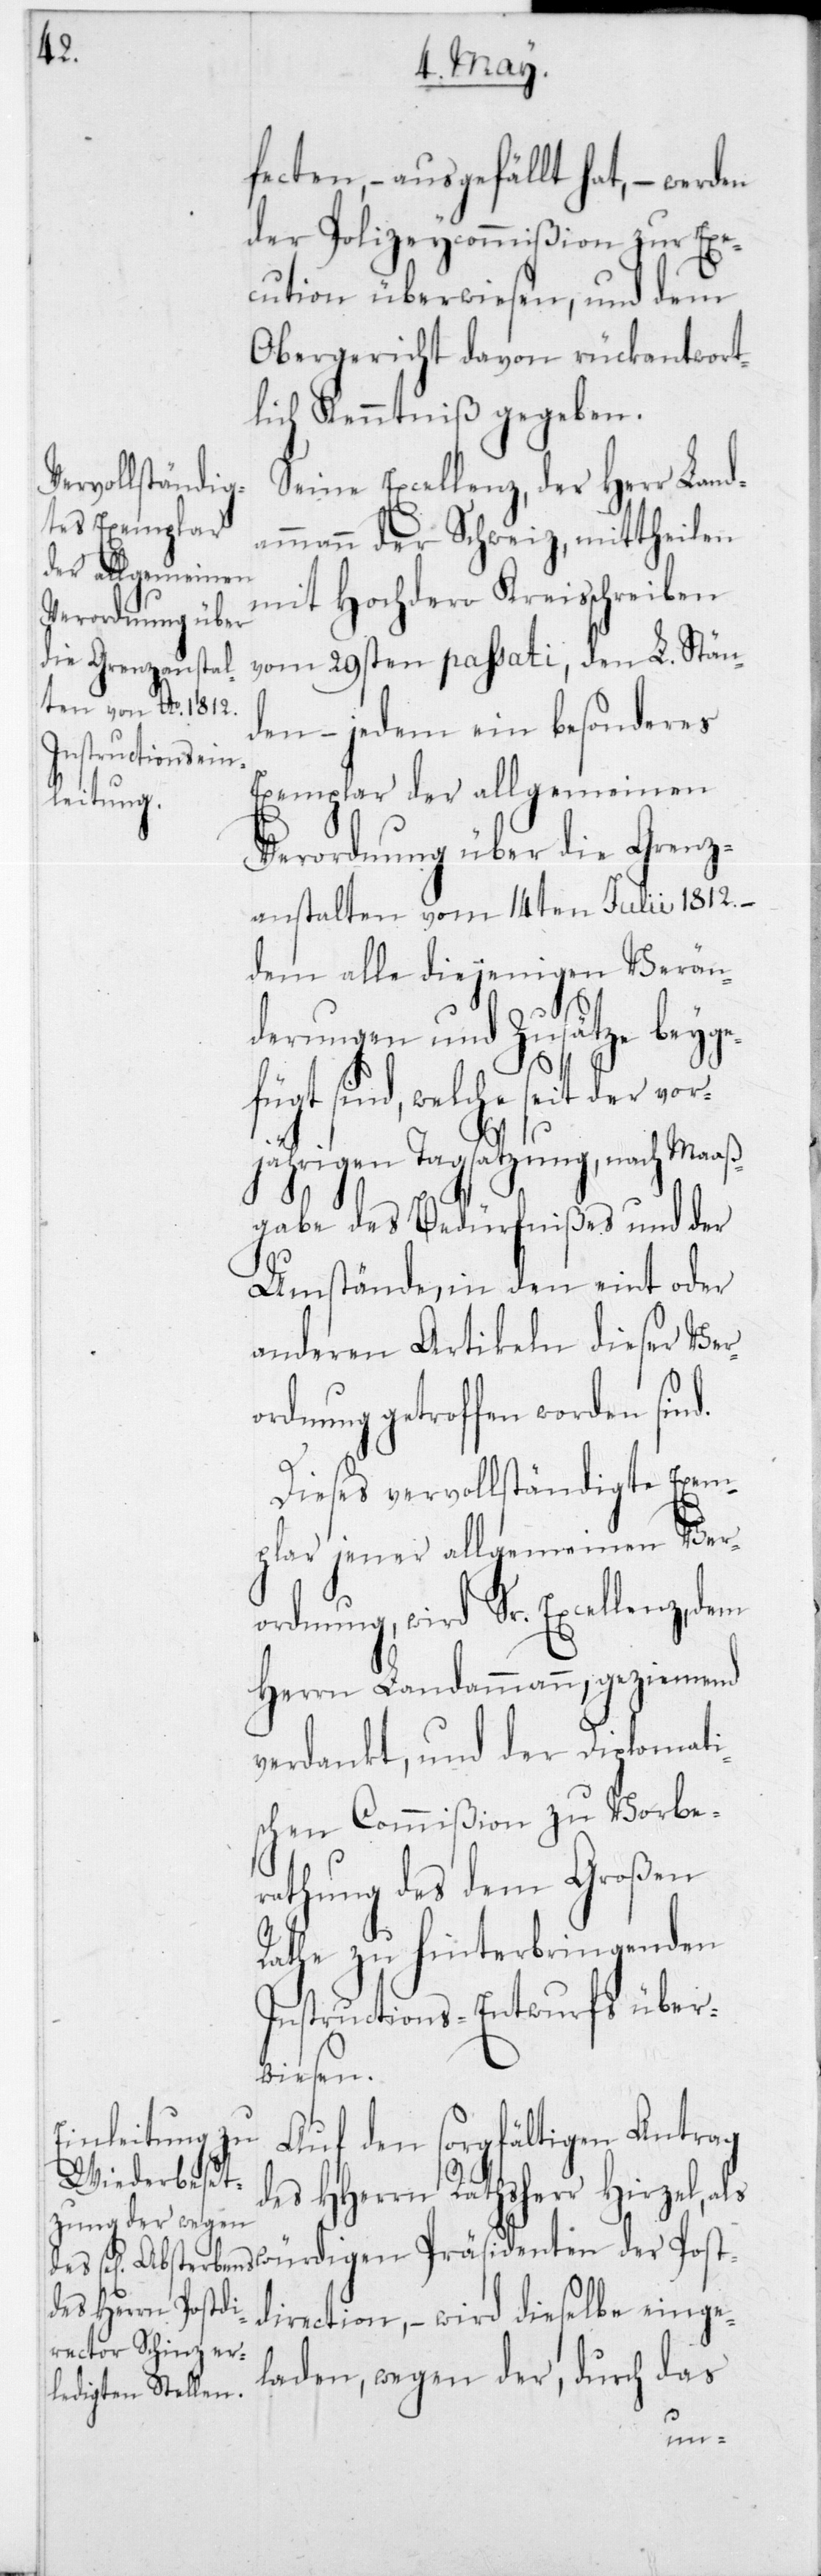
fecten – ausgefällt hat, werden
der Polizeycommißion zur Exe¬
cution überwiesen, und dem
Obergericht davon rückantwort¬
lich Kenntniß gegeben.
ammann der Schweiz, mittheilen
mit Hochdero Kreisschreiben
vom 29sten passati, den L. Stän¬
den – jedem ein besonderes
Exemplar der allgemeinen
Verordnung über die Grenz¬
anstalten vom 14ten Julii 1812, –
dem alle diejenigen Verän¬
derungen und Zusätze beyge¬
fügt sind, welche seit der vor¬
jährigen Tagsatzung, nach Maa¬
ßgabe des Bedürfnißes und der
Umstände, in den eint oder
anderen Artikeln dieser Ver¬
ordnung getroffen worden sind.
Dieses vervollständigte Exem¬
plar jener allgemeinen Ver¬
ordnung, wird Sr. Excellenz,
Herrn Landammann, geziemend
verdankt, und der Diplomati¬
schen Commißion zu Vorbe¬
rathung des dem Großen
Rathe zu hinterbringenden
Instructions-Entwurfs über¬
wiesen.
Auf den sorgfältigen Antrag
des HHerrn Rathsherr Hirzel, als
der Post¬
direction, – wird dieselbe einge¬
laden, wegen der, durch das